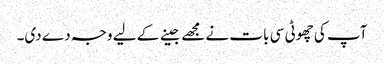
آپ کی چھوٹی سی بات نے مجھے جینے کے لیے وجہ دے دی۔